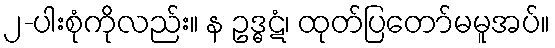
၂-ပါးစုံကိုလည်း။ န ဥဒ္ဓဋံ၊ ထုတ်ပြတော်မမူအပ်။